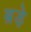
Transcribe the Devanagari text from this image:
ब़ड़े